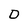
Character: D